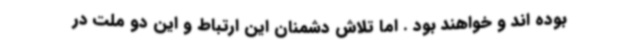
بوده اند و خواهند بود . اما تلاش دشمنان این ارتباط و این دو ملت در